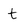
Character: t